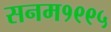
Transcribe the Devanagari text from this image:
सनम१९९५